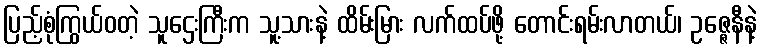
ပြည့်စုံကြွယ်ဝတဲ့ သူဌေးကြီးက သူ့သားနဲ့ ထိမ်းမြား လက်ထပ်ဖို့ တောင်းရမ်းလာတယ်၊ ဥဇ္ဇေနီနဲ့